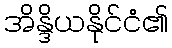
အိန္ဒိယနိုင်ငံ၏